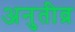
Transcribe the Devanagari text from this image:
अनुतीव्र